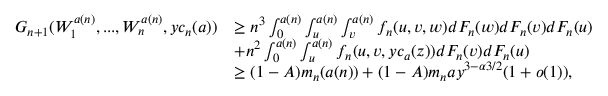
\begin{array} { r l } { G _ { n + 1 } ( W _ { 1 } ^ { a ( n ) } , . . . , W _ { n } ^ { a ( n ) } , y c _ { n } ( a ) ) } & { \geq n ^ { 3 } \int _ { 0 } ^ { a ( n ) } \int _ { u } ^ { a ( n ) } \int _ { v } ^ { a ( n ) } f _ { n } ( u , v , w ) d F _ { n } ( w ) d F _ { n } ( v ) d F _ { n } ( u ) } \\ & { + n ^ { 2 } \int _ { 0 } ^ { a ( n ) } \int _ { u } ^ { a ( n ) } f _ { n } ( u , v , y c _ { a } ( z ) ) d F _ { n } ( v ) d F _ { n } ( u ) } \\ & { \geq ( 1 - A ) m _ { n } ( a ( n ) ) + ( 1 - A ) m _ { n } a y ^ { 3 - \alpha 3 / 2 } ( 1 + o ( 1 ) ) , } \end{array}